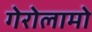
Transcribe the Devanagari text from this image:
गेरोलामो